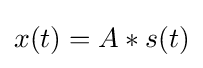
x(t)=A*s(t)